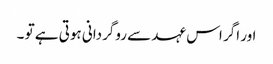
اور اگر اس عہد سے روگردانی ہوتی ہے تو ۔